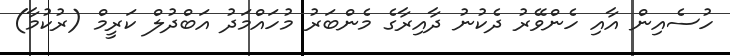
ހުސެއިން އާއި ހެންވޭރު ދެކުނު ދާއިރާގެ މެންބަރު މުހައްމަދު އަބްދުލް ކަރީމް (ރުކުމާ)